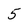
Character: 5